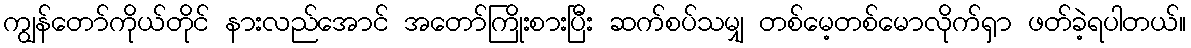
ကျွန်တော်ကိုယ်တိုင် နားလည်အောင် အတော်ကြိုးစားပြီး ဆက်စပ်သမျှ တစ်မေ့တစ်မောလိုက်ရှာ ဖတ်ခဲ့ရပါတယ်။